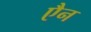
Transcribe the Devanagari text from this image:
एैन